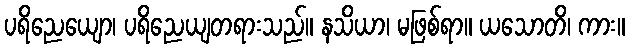
ပရိညေယျော၊ ပရိညေယျတရားသည်။ နသိယာ၊ မဖြစ်ရာ။ ယသောတိ၊ ကား။